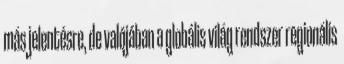
más jelentésre, de valójában a globális világ rendszer regionális